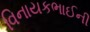
વિનાયકભાઈની